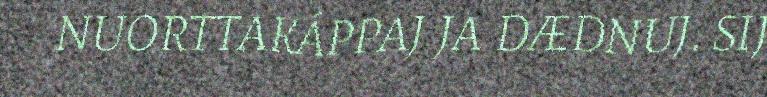
NUORTTAKÁPPAJ JA DÆDNUJ. SIJ